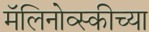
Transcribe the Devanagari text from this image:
मॅलिनोव्स्कीच्या